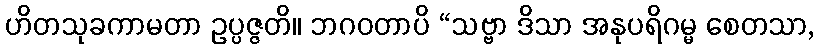
ဟိတသုခကာမတာ ဥပ္ပဇ္ဇတိ။ ဘဂဝတာပိ “သဗ္ဗာ ဒိသာ အနုပရိဂမ္မ စေတသာ,